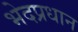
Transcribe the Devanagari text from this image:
भेदप्रधान